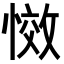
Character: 𭞆